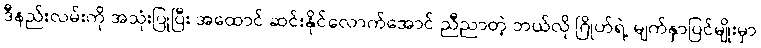
ဒီနည်းလမ်းကို အသုံးပြုပြီး အထောင် ဆင်းနိုင်လောက်အောင် ညီညာတဲ့ ဘယ်လို ဂြိုဟ်ရဲ့ မျက်နှာပြင်မျိုးမှာ